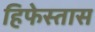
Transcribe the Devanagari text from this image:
हिफेस्तास